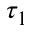
\tau _ { 1 }